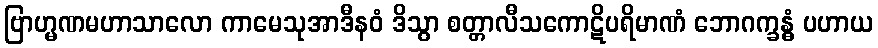
ဗြာဟ္မဏမဟာသာလော ကာမေသုအာဒီနဝံ ဒိသွာ စတ္တာလီသကောဋိပရိမာဏံ ဘောဂက္ခန္ဓံ ပဟာယ